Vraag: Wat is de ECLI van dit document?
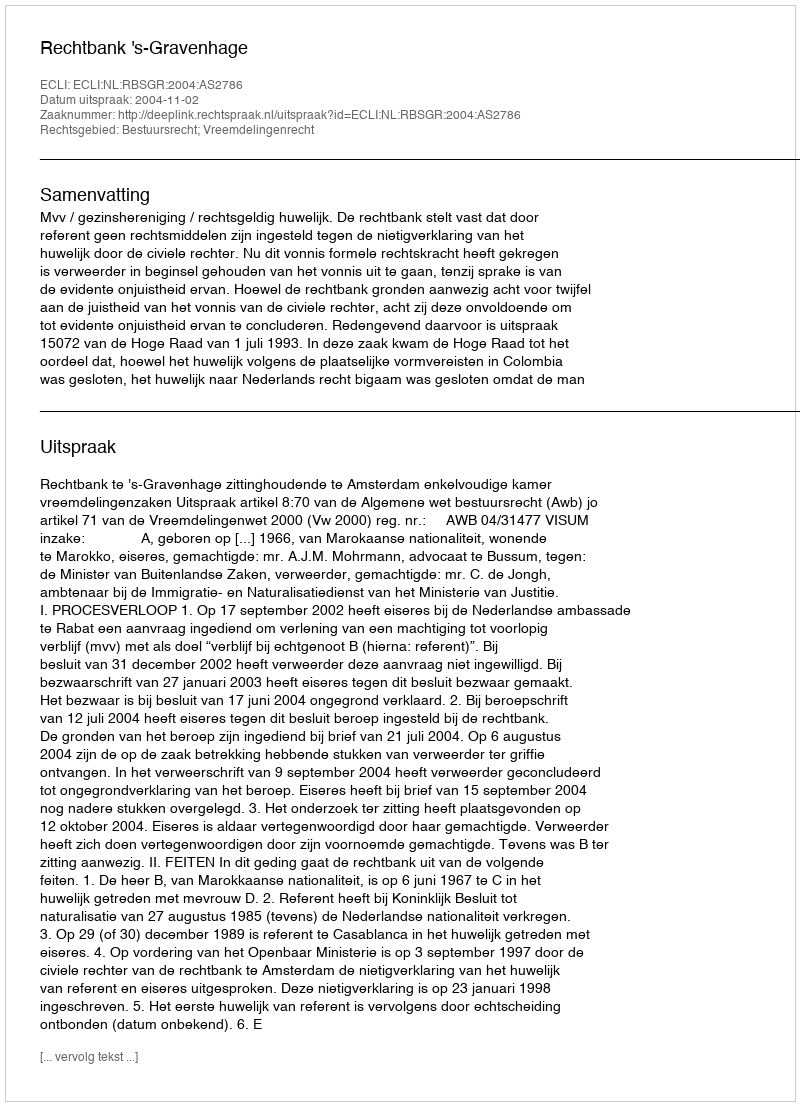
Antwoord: ECLI:NL:RBSGR:2004:AS2786